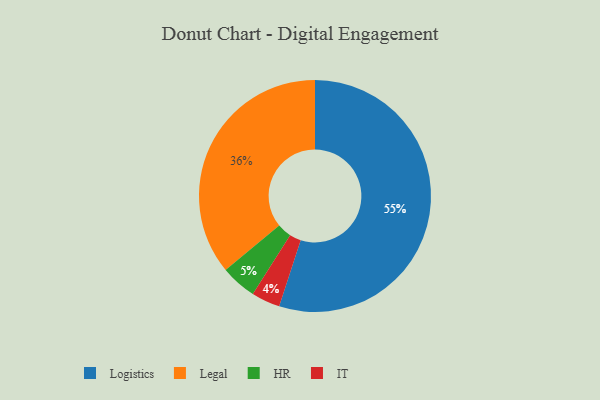
{"axis": {"x": "Category", "y": "Percentage"}, "legend": ["HR", "IT", "Legal", "Logistics"], "data": [{"x": "Logistics", "y": 55, "type": "Logistics"}, {"x": "Legal", "y": 36, "type": "Legal"}, {"x": "IT", "y": 4, "type": "IT"}, {"x": "HR", "y": 5, "type": "HR"}]}